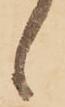
候